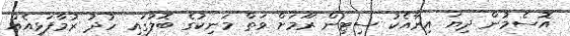
އޮސެމުން ދިޔަ އިރާއެކު ސިޓިން ރޫމަށް ވަތް މަނިކުގެ ބޮލުގައި ހުދު ރުމާފަޅިއެއް